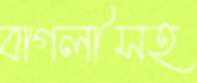
বাগলীসহ